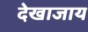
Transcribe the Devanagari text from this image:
देखाजाय